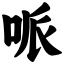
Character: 哌